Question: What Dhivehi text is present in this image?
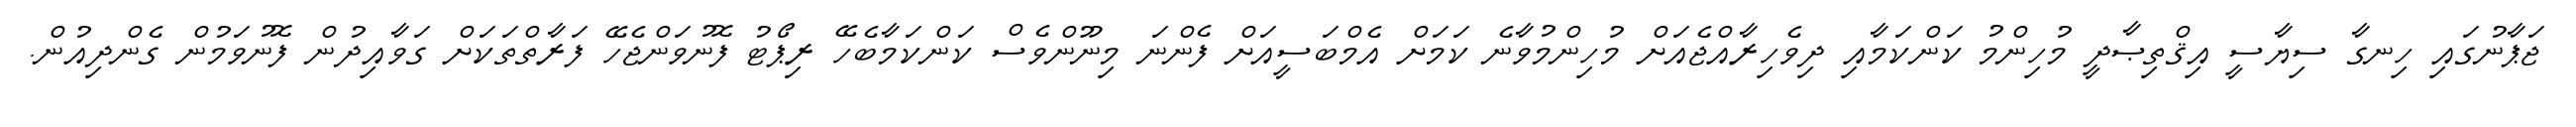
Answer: ޖަޕާނުގައި ހިނގާ ސިޔާސީ އިޤްތިޞާދީ މުހިންމު ކަންކަމާއި ދިވެހިރާއްޖެއަށް މުހިންމުވާނެ ކަމަށް އެމްބަސީއަށް ފެންނަ މިނޫންވެސް ކަންކަމާބެހޭ ރިޕޯޓު ފޮނުވަންޖެހޭ ފަރާތްތަކަށް ގަވާއިދުން ފޮނުވަމުން ގެންދިއުން.